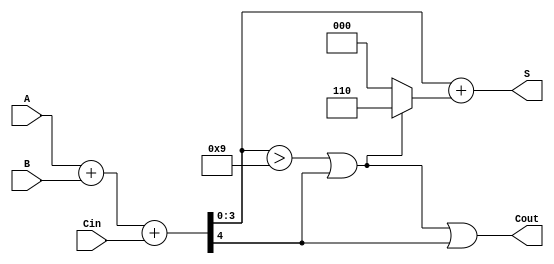
module BCD_Adder (
    input  [3:0] A,      // First BCD digit
    input  [3:0] B,      // Second BCD digit
    input        Cin,     // Carry input
    output [3:0] S,      // BCD sum output
    output       Cout     // Carry output
);

    wire [4:0] Sum;      // 5-bit sum to accommodate carry
    wire correction;      // Correction flag

    // Step 1: Binary addition of A, B, and Cin
    assign Sum = A + B + Cin;

    // Step 2: Determine if correction is needed
    assign correction = (Sum[3:0] > 4'b1001) || Sum[4];

    // Step 3: Calculate the BCD output and carry out
    assign S = Sum[3:0] + (correction ? 4'b0110 : 4'b0000);
    assign Cout = correction || Sum[4];

endmodule